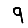
Digit: 9